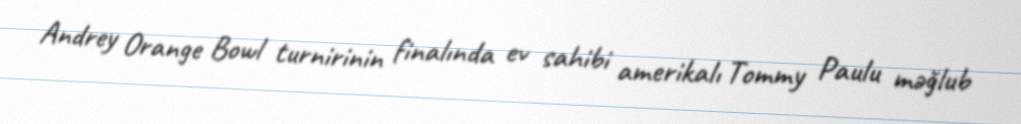
Andrey Orange Bowl turnirinin finalında ev sahibi amerikalı Tommy Paulu məğlub